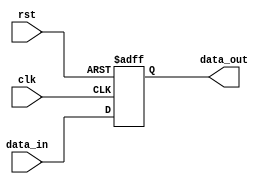
module store_register (
    input wire clk,          // Clock signal
    input wire rst,          // Reset signal
    input wire [N-1:0] data_in, // Input data (N-bit wide)
    output reg [N-1:0] data_out // Output data (N-bit wide)
);
    parameter N = 8; // Define the width of the register (can be adjusted)

    // Sequential logic for the Store Register
    always @(posedge clk or posedge rst) begin
        if (rst) begin
            data_out <= {N{1'b0}}; // Asynchronous reset to zero
        end else begin
            data_out <= data_in; // Capture input data on clock edge
        end
    end
endmodule